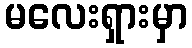
မလေးရှားမှာ